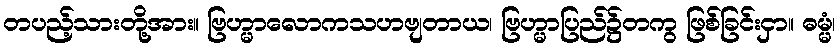
တပည့်သားတို့အား။ ဗြဟ္မာလောကသဟဗျတာယ၊ ဗြဟ္မာပြည်၌တကွ ဖြစ်ခြင်းငှာ။ ဓမ္မံ၊